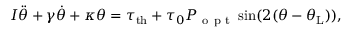
I \ddot { \theta } + \gamma \dot { \theta } + \kappa \theta = \tau _ { \mathrm { { t h } } } + \tau _ { 0 } P _ { \mathrm { ~ o ~ p ~ t ~ } } \sin ( 2 ( \theta - \theta _ { \mathrm { { L } } } ) ) ,